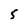
Character: 5